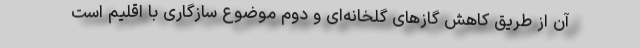
آن از طریق کاهش گازهای گلخانه‌ای و دوم موضوع سازگاری با اقلیم است